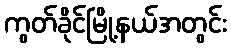
ကွတ်ခိုင်မြို့နယ်အတွင်း